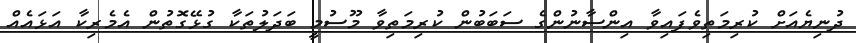
ދުނިޔެއަށް ކުރިމަތިވެފައިވާ އިންސާނުންގެ ސަބަބުން ކުރިމަތިވާ މޫސުމީ ބަދަލުތަކާ ގުޅޭގޮތުން އެމެރިކާ އަޅައެއް